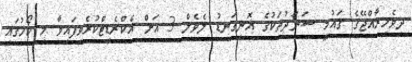
ދިވެހިރާއްޖޭގެ ޤައުމީ ސަނަދުތަކުގެ އޮނިގަނޑު ލެވެލް 3 އަށް އެކްރެޑިޓްކުރެވިފައިވާ މި ކޯހުގައި